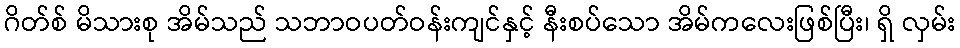
ဂိတ်စ် မိသားစု အိမ်သည် သဘာဝပတ်ဝန်းကျင်နှင့် နီးစပ်သော အိမ်ကလေးဖြစ်ပြီး၊ ရှိ လှမ်း